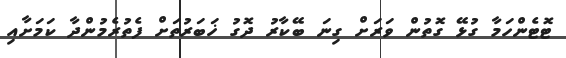
ޓޮޓެންހަމާ ގުޅޭ ގޮތުން ވަރަށް ގިނަ ބޭކާރު ދޮގު ޚަބަރުތަށް ފެތުރެމުންދާ ކަމަށާއި